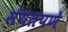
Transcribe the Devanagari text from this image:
संयतपणे